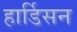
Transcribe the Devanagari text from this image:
हार्डिसन